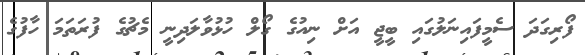
ފޯރިގަދަ ސެމީފައިނަލުގައި ބީޖީ އަށް ނިއުގެ ގޯލް ހުޅުވާލަދިނީ މެޗުގެ ފުރަތަމަ ހާފުގެ